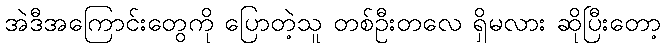
အဲဒီအကြောင်းတွေကို ပြောတဲ့သူ တစ်ဦးတလေ ရှိမလား ဆိုပြီးတော့